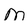
Character: m